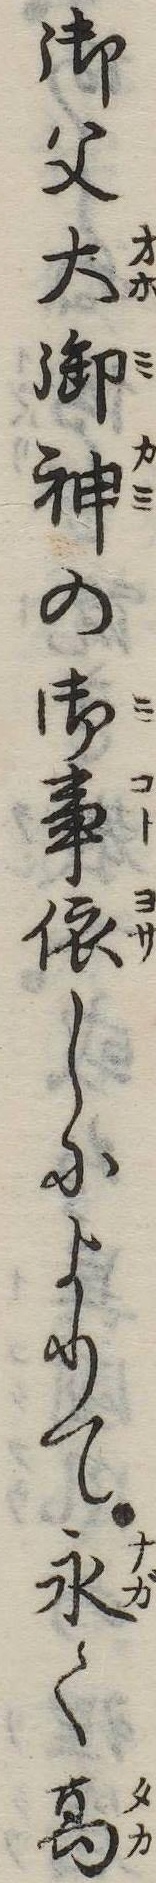
御父大御神の御事依しによりて永く高